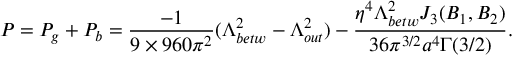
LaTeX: P = P _ { g } + P _ { b } = \frac { - 1 } { 9 \times 9 6 0 \pi ^ { 2 } } ( \Lambda _ { b e t w } ^ { 2 } - \Lambda _ { o u t } ^ { 2 } ) - \frac { \eta ^ { 4 } \Lambda _ { b e t w } ^ { 2 } J _ { 3 } ( B _ { 1 } , B _ { 2 } ) } { 3 6 \pi ^ { 3 / 2 } a ^ { 4 } \Gamma ( 3 / 2 ) } .